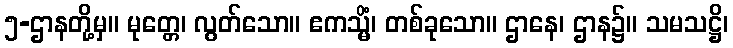
၅-ဌာနတို့မှ။ မုတ္တေ၊ လွတ်သော။ ဧကသ္မိံ၊ တစ်ခုသော။ ဌာနေ၊ ဌာန၌။ သမသဋ္ဌိ၊